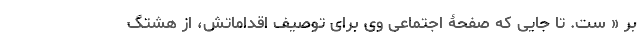
بر « ست. تا جایی که صفحۀ اجتماعی وی برای توصیف اقداماتش، از هشتگِ